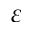
\varepsilon